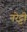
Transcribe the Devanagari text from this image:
नरेट्टी